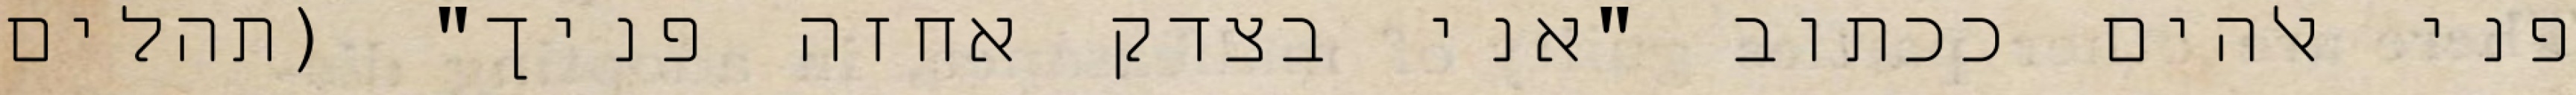
פני אלהים ככתוב "אני בצדק אחזה פניך" (תהלים